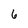
Character: 6